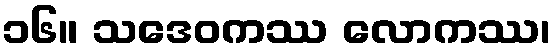
၁၆။ သဒေဝကဿ လောကဿ၊